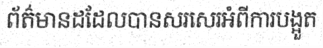
ព័ត៌មានដដែលបានសរសេរអំពីការបង្អួត